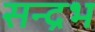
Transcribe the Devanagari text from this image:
सन्द्रभ